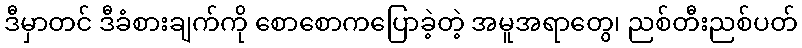
ဒီမှာတင် ဒီခံစားချက်ကို စောစောကပြောခဲ့တဲ့ အမူအရာတွေ၊ ညစ်တီးညစ်ပတ်